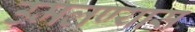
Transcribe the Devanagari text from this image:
उमलण्यास